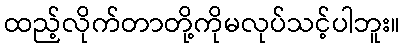
ထည့်လိုက်တာတို့ကိုမလုပ်သင့်ပါဘူး။